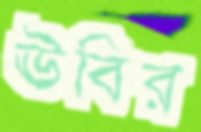
ঊবির